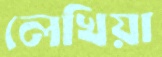
লেখিয়া